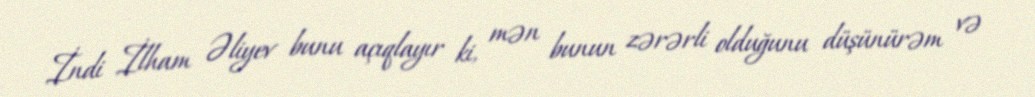
İndi İlham Əliyev bunu açıqlayır ki, mən bunun zərərli olduğunu düşünürəm və